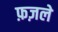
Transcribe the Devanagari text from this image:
फ़ज़ले